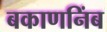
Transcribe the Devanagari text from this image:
बकाणनिंब